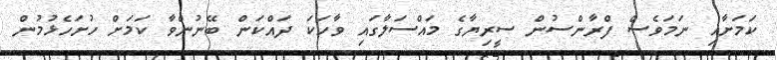
ކަމަށާއި ނަމަވެސް ފްރާންސުން ސީރިޔާގެ މައްސަލާގައި ވާހަކަ ދައްކަން ބޭނުންވާ ކަމަށް ހުށަހެޅުމުން